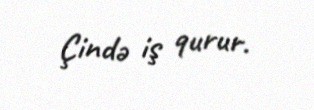
Çində iş qurur.